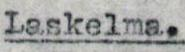
Laskelma.